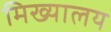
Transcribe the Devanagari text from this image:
मिख्यालय